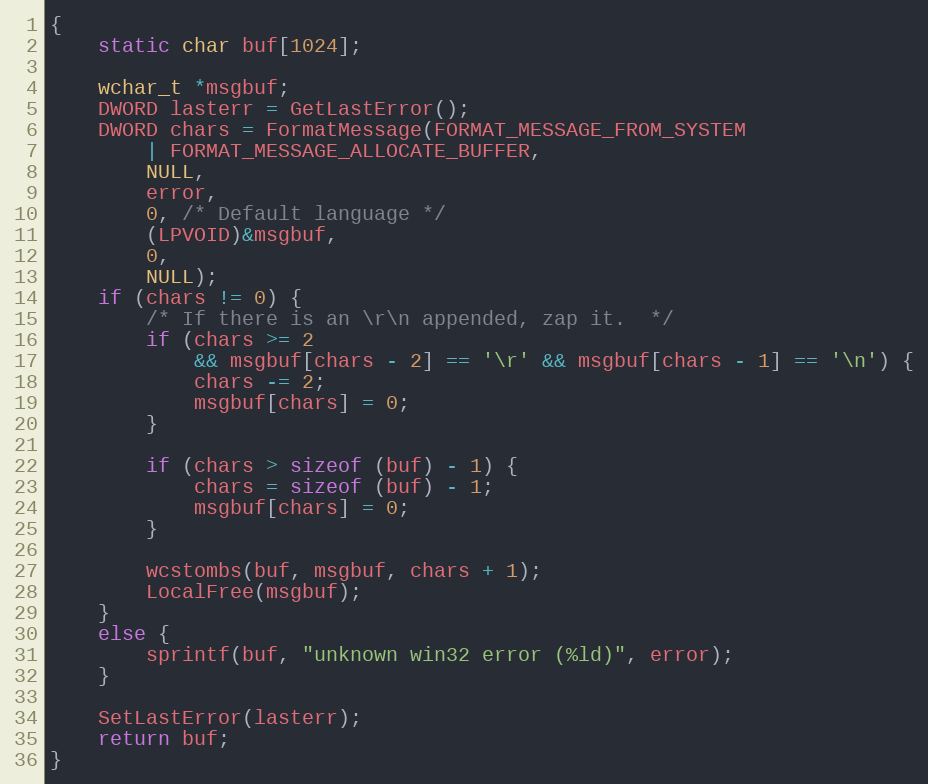
Language: C
{
    static char buf[1024];

    wchar_t *msgbuf;
    DWORD lasterr = GetLastError();
    DWORD chars = FormatMessage(FORMAT_MESSAGE_FROM_SYSTEM
        | FORMAT_MESSAGE_ALLOCATE_BUFFER,
        NULL,
        error,
        0, /* Default language */
        (LPVOID)&msgbuf,
        0,
        NULL);
    if (chars != 0) {
        /* If there is an \r\n appended, zap it.  */
        if (chars >= 2
            && msgbuf[chars - 2] == '\r' && msgbuf[chars - 1] == '\n') {
            chars -= 2;
            msgbuf[chars] = 0;
        }

        if (chars > sizeof (buf) - 1) {
            chars = sizeof (buf) - 1;
            msgbuf[chars] = 0;
        }

        wcstombs(buf, msgbuf, chars + 1);
        LocalFree(msgbuf);
    }
    else {
        sprintf(buf, "unknown win32 error (%ld)", error);
    }

    SetLastError(lasterr);
    return buf;
}